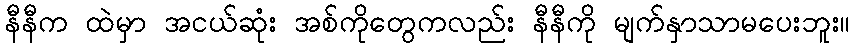
နီနီက ထဲမှာ အငယ်ဆုံး အစ်ကိုတွေကလည်း နီနီကို မျက်နှာသာမပေးဘူး။